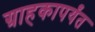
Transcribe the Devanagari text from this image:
ग्राहकापर्यंत